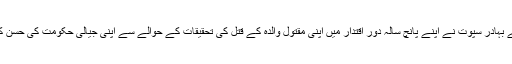
سو ماں کے خون سے غداری کرنے والے بہادر سپوت نے اپنے پانچ سالہ دور اقتدار میں اپنی مقتول والدہ کے قتل کی تحقیقات کے حوالے سے اپنی جیالی حکومت کی حسن کارکاردگی کا بھی کوئی ذکر نہیں کرتے۔